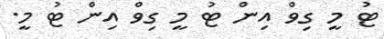
ޓު މީ ގިވް އިން ޓު މީ ގިވް އިން ޓު މީ.